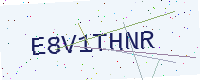
Text: E8V1THNR